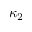
\kappa _ { 2 }